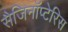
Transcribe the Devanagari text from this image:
सैजिनॉप्टेरिस